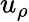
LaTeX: u_{\rho}